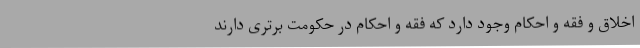
اخلاق و فقه و احکام وجود دارد که فقه و احکام در حکومت برتری دارند